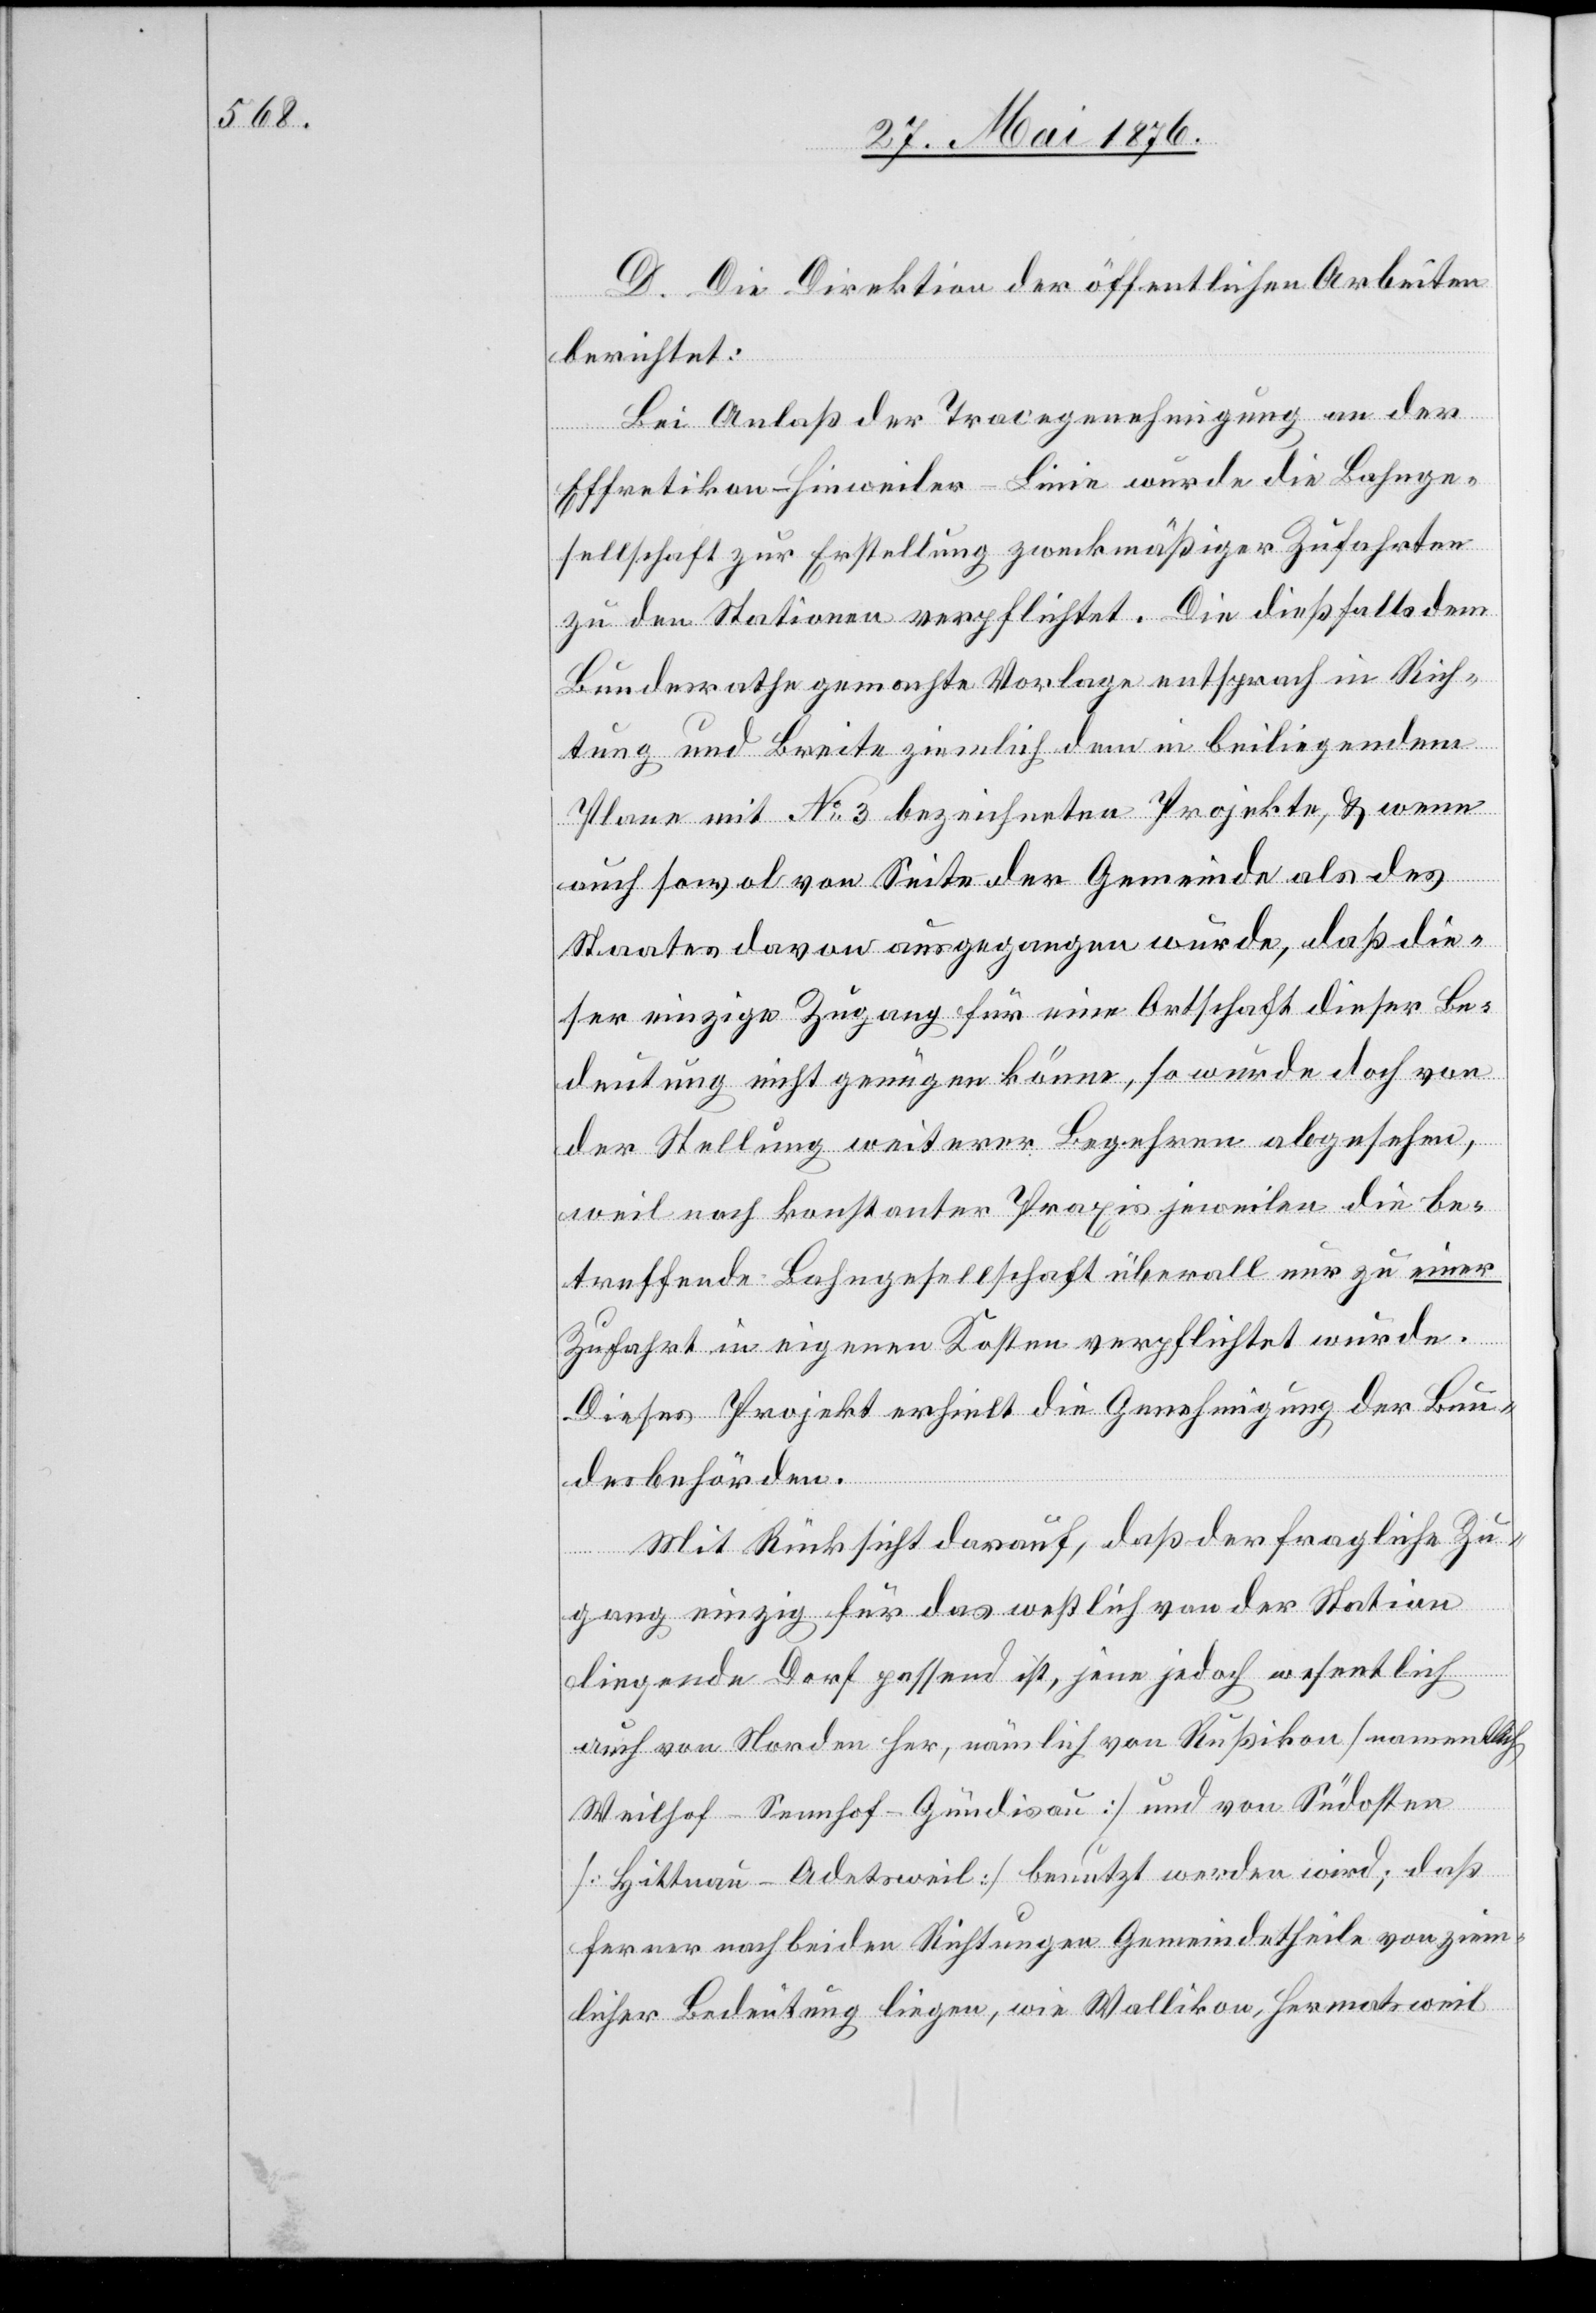
D. Die Direktion der öffentlichen Arbeiten
berichtet:
Bei Anlaß der Tracegenehmigung an der
Effretikon–Hinweiler-Linie wurde die Bahnge¬
sellschaft zur Erstellung zweckmäßiger Zufahrten
zu den Stationen verpflichtet. Die dießfalls dem
Bundesrathe gemachte Vorlage entsprach in Rich¬
tung und Breite ziemlich dem beiliegenden
Plane mit No 3 bezeichneten Projekte, & wenn
auch sowol von Seite der Gemeinde als des
Staates davon ausgegangen wurde, das die¬
ser einzige Zugang für eine Ortschaft dieser Be¬
deutung nicht genügen könne, so wurde doch von
der Stellung weiterer Begehren abgesehen,
weil nach konstanter Praxis jeweilen die be¬
treffende Bahngesellschaft überall nur zu einer
Zufahrt in eigenen Kosten verpflichtet wurde.
Dieses Projekt erhielt die Genehmigung der Ba¬
ubehörden.
Mit Rücksicht darauf, daß der fragliche Zu¬
gang einzig für das westlich von der Station
liegende Dorf passend ist, jene jedoch wesentlich
auch von Norden her, nämlich von Rußikon [namentlich
ferner nach beiden Richtungen Gemeindetheile von ziem¬
licher Bedeutung liegen, wie Wallikon, Hermatsweil